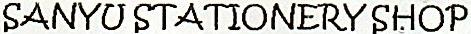
SANYU STATIONERY SHOP